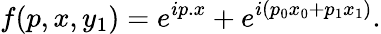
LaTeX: f(p,x,y_{1})=e^{ip.x}+e^{i(p_{0}x_{0}+p_{1}x_{1})}.